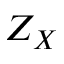
Z _ { X }